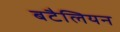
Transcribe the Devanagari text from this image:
बटैलियन